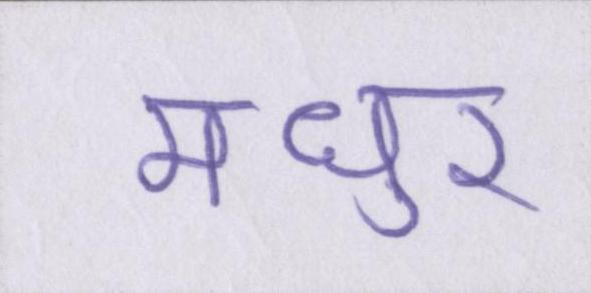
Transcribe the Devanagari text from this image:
मधुर